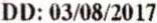
DD: 03/08/2017